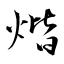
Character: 煯